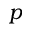
p